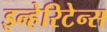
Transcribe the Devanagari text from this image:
इन्हेरिटेन्स